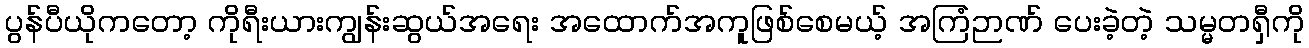
ပွန်ပီယိုကတော့ ကိုရီးယားကျွန်းဆွယ်အရေး အထောက်အကူဖြစ်စေမယ့် အကြံဉာဏ် ပေးခဲ့တဲ့ သမ္မတရှီကို